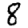
Digit: 8